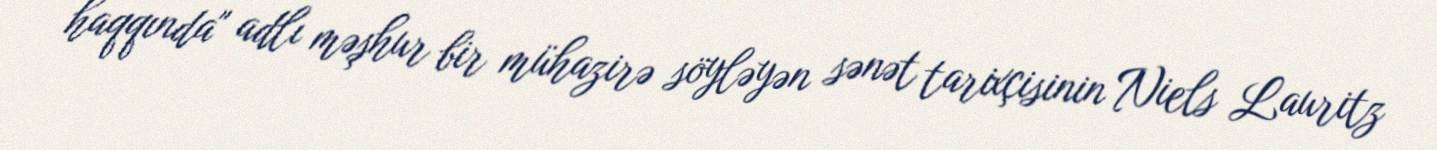
haqqında" adlı məşhur bir mühazirə söyləyən sənət tarixçisinin Niels Lauritz